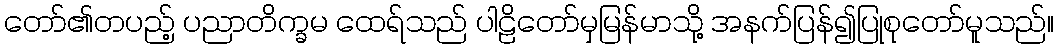
တော်၏တပည့် ပညာတိက္ခမ ထေရ်သည် ပါဠိတော်မှမြန်မာသို့ အနက်ပြန်၍ပြုစုတော်မူသည်။